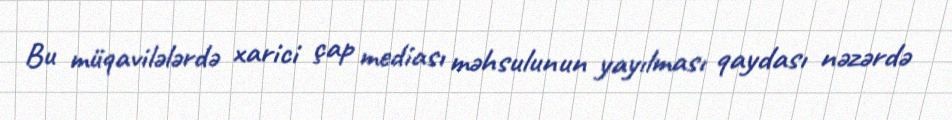
Bu müqavilələrdə xarici çap mediası məhsulunun yayılması qaydası nəzərdə